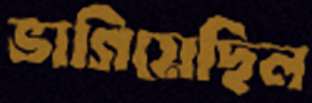
ভাগিয়েছিল